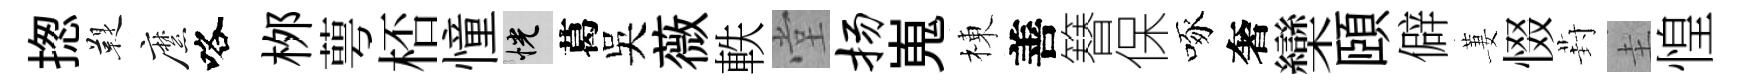
揔鞮縻咯桞萼桮憧恍葛吴薇軼堂扬嵬棟善簮保啄奢欒頤僻萋惙葑圭惶